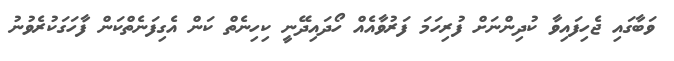
ވަބާގައި ޖެހިފައިވާ ކުދިންނަށް ފުރިހަމަ ފަރުވާއެއް ހޯދައިދޭނީ ކިހިނެތް ކަން އެގިފަނެތްކަން ފާހަގަކުރެވުނު